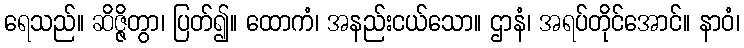
ရေသည်။ ဆိဇ္ဇိတွာ၊ ပြတ်၍။ ထောကံ၊ အနည်းငယ်သော။ ဌာနံ၊ အရပ်တိုင်အောင်။ နာဝံ၊